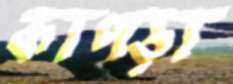
কাপড়া